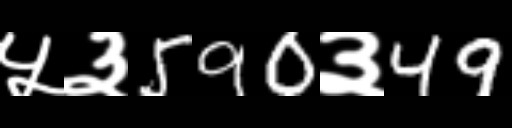
Text: ५३590३49